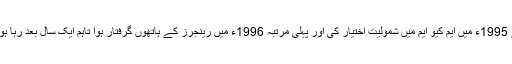
ایس ایس پی ایسٹ نے پریس کانفرنس کے دوران بتایا کہ گرفتار ملزم نے 1995ء میں ایم کیو ایم میں شمولیت اختیار کی اور پہلی مرتبہ 1996ء میں رینجرز کے ہاتھوں گرفتار ہوا تاہم ایک سال بعد رہا ہوگیا، ملزم کے ہاتھوں قتل ہونے والوں میں فورسز کے لوگ بھی شامل ہیں۔